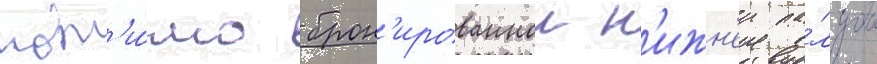
пом'и́мо брон'ированнои н'ижн'еи па́лубы